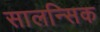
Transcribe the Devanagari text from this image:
सालन्सिक